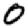
Digit: 0